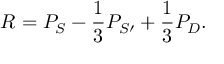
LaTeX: R = P _ { S } - { \frac { 1 } { 3 } } P _ { S \prime } + { \frac { 1 } { 3 } } P _ { D } .